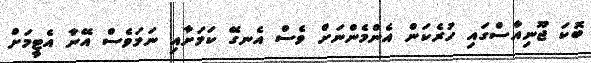
ބޮކަ ޖޫނިއާސްގައި ހުރެކަން އެންމެންނަށް ވެސް އެނގޭ ކަމަށާއި ނަމަވެސް އޭނާ އެޓީމަށް